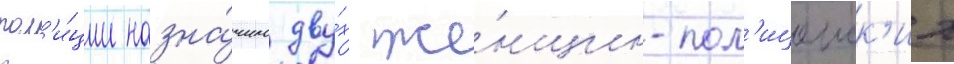
пол'и́ции назна́чило дву́х же́нщин-пол'ицеиск'их